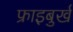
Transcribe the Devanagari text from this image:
फ्राइबुर्ख